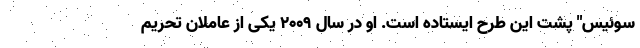
سوئیس" پشت این طرح ایستاده است. او در سال 2009 یکی از عاملان تحریم